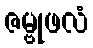
ဇမ္ဗုဖလံ